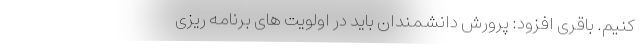
کنیم. باقری افزود: پرورش دانشمندان باید در اولویت های برنامه ریزی